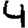
Digit: 4